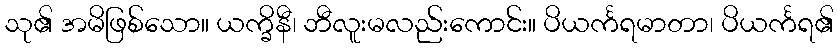
သု၏ အမိဖြစ်သော။ ယက္ခိနီ၊ ဘီလူးမလည်းကောင်း။ ပိယင်္ကရမာတာ၊ ပိယင်္ကရ၏